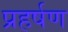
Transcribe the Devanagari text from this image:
प्रहर्षण